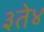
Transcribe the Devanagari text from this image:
३ते४